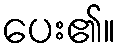
ပေး၏။